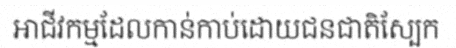
អាជីវកម្មដែលកាន់កាប់ដោយជនជាតិស្បែក